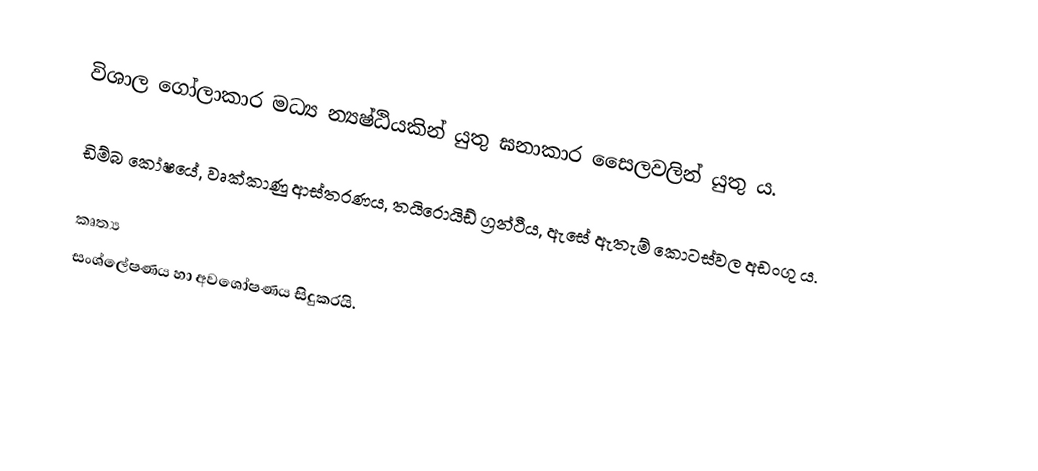
විශාල ගෝලාකාර මධ්‍ය න්‍යෂ්ඨියකින් යුතු ඝනාකාර සෛලවලින් යුතු ය.

ඩිම්බ කෝෂයේ, වෘක්කාණු ආස්තරණය, තයිරොයිඩ් ග්‍රන්ථීය, ඇසේ ඇතැම් කොටස්වල අඩංගු ය.

කෘත්‍ය
සංශ්ලේෂණය හා අවශෝෂණය සිදුකරයි.